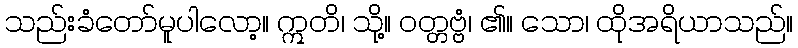
သည်းခံတော်မူပါလော့။ ဣတိ၊ သို့။ ဝတ္တဗ္ဗံ၊ ၏။ သော၊ ထိုအရိယာသည်။